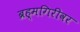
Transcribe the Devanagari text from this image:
ब्रह्मगिरीवर